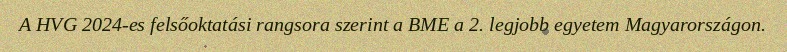
A HVG 2024-es felsőoktatási rangsora szerint a BME a 2. legjobb egyetem Magyarországon.